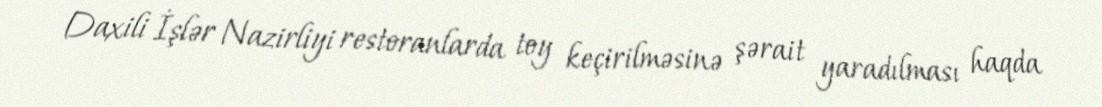
Daxili İşlər Nazirliyi restoranlarda toy keçirilməsinə şərait yaradılması haqda